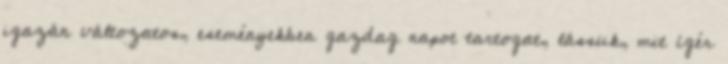
igazán változatos, eseményekben gazdag napot tartogat, lássuk, mit ígér